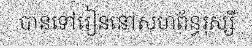
បានទៅរៀននៅសហព័ន្ធរុស្សី